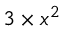
3 \times x ^ { 2 }